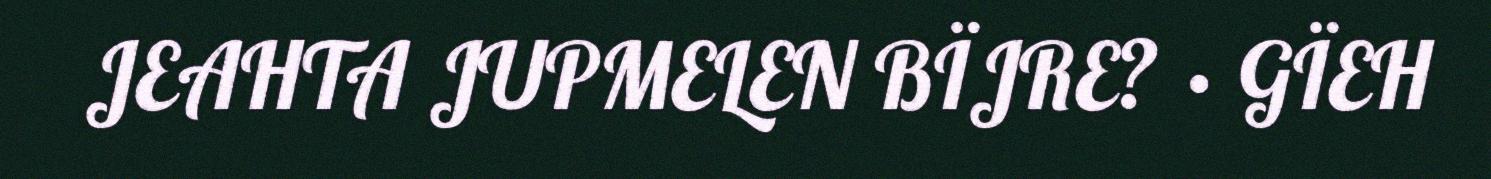
JEAHTA JUPMELEN BÏJRE? · GÏEH